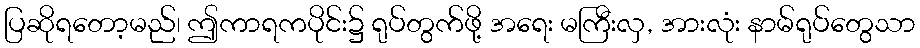
ပြဆိုရတော့မည်၊ ဤကာရကပိုင်း၌ ရုပ်တွက်ဖို့ အရေး မကြီးလှ, အားလုံး နာမ်ရုပ်တွေသာ